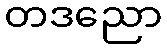
တဒညော